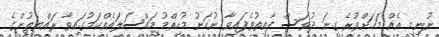
ނުނިމި އެއް މަހަށްވުރެ ގިނަ ދުވަސް ފާއިތުވެފައިވާ ނުހަނު މުހިއްމު މައްސަލައެއްކަމުގައިވާ ރައްޔިތުންގެ